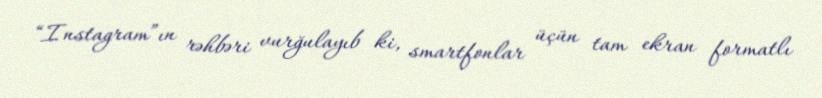
“Instagram”ın rəhbəri vurğulayıb ki, smartfonlar üçün tam ekran formatlı